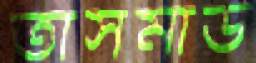
তাসমাউ